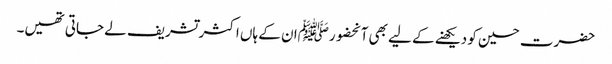
حضرت حسین کو دیکھنے کے لیے بھی آنحضورﷺان کے ہاں اکثرتشریف لے جاتی تھیں۔